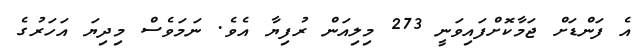
އެ ފަންޑަށް ޖަމާކޮށްފައިވަނީ 273 މިލިއަން ރުފިޔާ އެވެ. ނަމަވެސް މިދިޔަ އަހަރުގެ